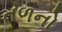
તળનો